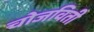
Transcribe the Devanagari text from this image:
चोजविती